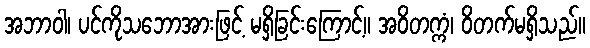
အဘာဝါ၊ ပင်ကိုသဘောအားဖြင့် မရှိခြင်းကြောင့်။ အဝိတက္ကံ၊ ဝိတက်မရှိသည်။